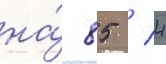
на́ 85 / 4